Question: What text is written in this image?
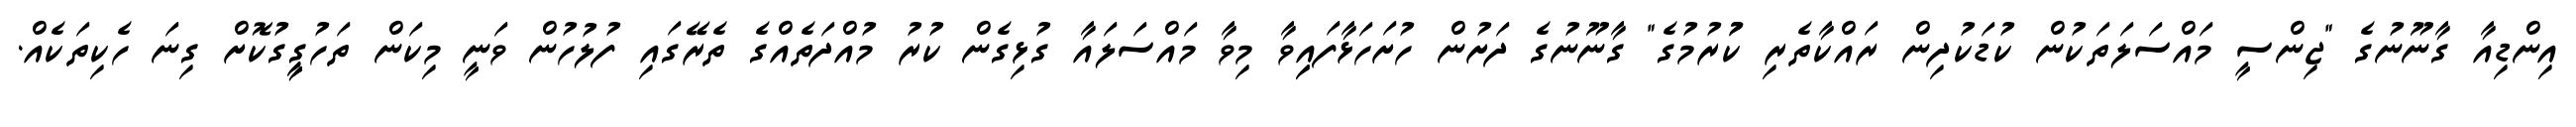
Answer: އިންޑިއާ ގާނޫނުގެ "ޖިންސީ މައްސަލަތަކުން ކުޑަކުދިން ރައްކާތެރި ކުުރުމުގެ" ގާނޫނުގެ ދަށުން ހުށަހަޅާފައިިވާ މިވާ މައްސަލައާ ގުޅިގެން ކުރު މުއްދަތެއްގެ ތެރޭގައި ފުލުހުން ވަނީ މިކަން ތަހުގީީގުކޮށް ގިނަ ހެކިތަކެއް.